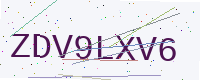
Text: ZDV9LXV6